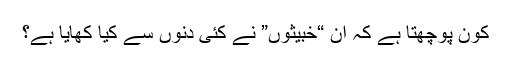
کون پوچھتا ہے کہ ان “خبیثوں” نے کئی دنوں سے کیا کھایا ہے؟